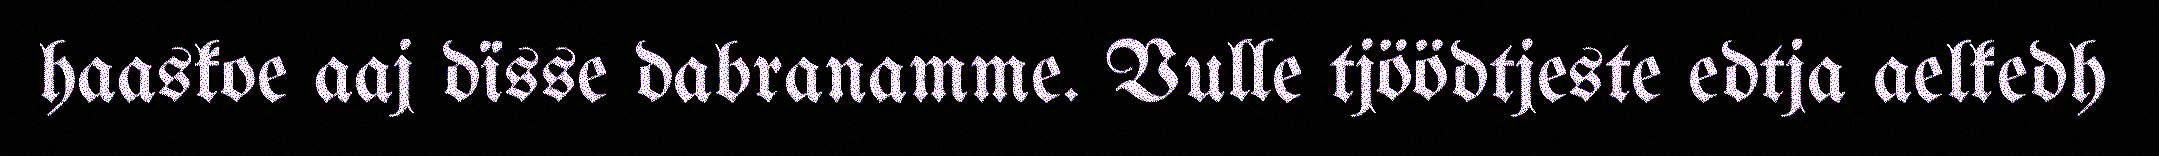
haaskoe aaj dïsse dabranamme. Vulle tjöödtjeste edtja aelkedh